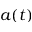
a ( t )